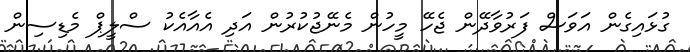
ގުޅައިގެން އަވަސް ފަރުވާދޭން ޖެހޭ މީހުން މެނޭޖުކުރުން އަދި އެއާއެކު ސްލީޕް މެޑިސިން